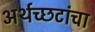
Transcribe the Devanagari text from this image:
अर्थच्‍छटांचा